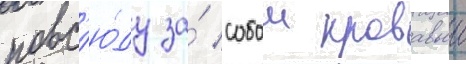
повс'ю́ду за́ собои кровавыи